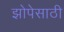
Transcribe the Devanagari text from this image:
झोपेसाठी